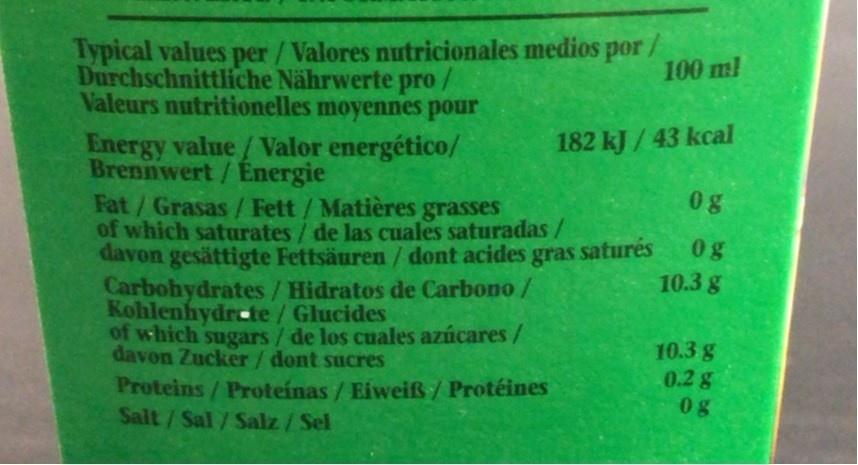
Typical values per / Valores nutricionales medios por/ Durchschnittliche Nährwerte pro/ Valeurs nutritionelles moyennes pour
100 m!
Energy value/ Valor energético/ Brennwert/Energie
182 kJ/43 kcal
0g
Fat/Grasas/ Fett/Matières grasses of which saturates/ de las cuales saturadas/ davon gesättigte Fettsäuren / dont acides gras saturés Carbohydrates/ Hidratos de Carbono/ Kohlenhydrcte/Glucides of which sugars/de los cuales azúcares/ davon Zucker /dont sucres
0g 10.3 g
Proteins/Proteínas / Eiweiß/Protéines Salt/Sal/Salz/Sel
10.3 g 0.2g 0g